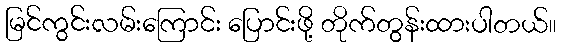
မြင်ကွင်းလမ်းကြောင်း ပြောင်းဖို့ တိုက်တွန်းထားပါတယ်။